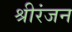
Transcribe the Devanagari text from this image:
श्रीरंजन